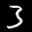
Label: 3